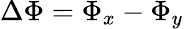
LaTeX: \Delta\Phi=\Phi_{x}-\Phi_{y}